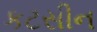
કટસીન